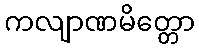
ကလျာဏမိတ္တော